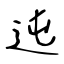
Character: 迍